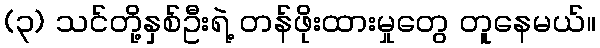
(၃) သင်တို့နှစ်ဦးရဲ့ တန်ဖိုးထားမှုတွေ တူနေမယ်။